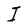
Character: I